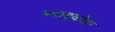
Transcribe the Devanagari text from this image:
मन्नाडुकोंडा